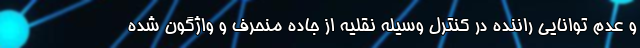
و عدم توانایی راننده در کنترل وسیله نقلیه از جاده منحرف و واژگون شده